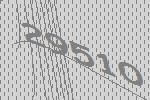
29510